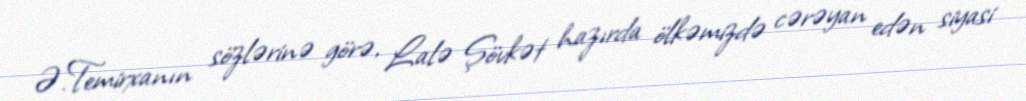
Ə.Temirxanın sözlərinə görə, Lalə Şövkət hazırda ölkəmizdə cərəyan edən siyasi